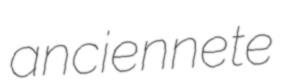
anciennete